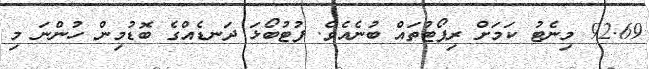
92.69 މިނެޓު ކަމަށް ރިޕޯޓުތައް ބުނެއެވެ. ފުޓުބޯޅަ ދަނޑެއްގެ ބޮޑުމިން ހުންނަ މި